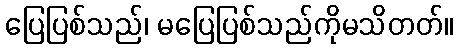
ပြေပြစ်သည်၊ မပြေပြစ်သည်ကိုမသိတတ်။